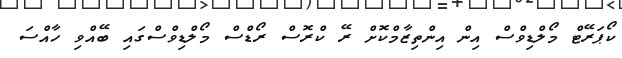
ކޯޕަރޭޓް މޯލްޑިވްސް އިން އިންތިޒާމްކޮށް ރޭ ކްރޮސް ރޯޑްސް މޯލްޑިވްސްގައި ބޭއްވި ހާއްސަ